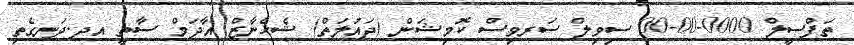
ތަފްސީލް 0000-00-00 ސިވިލް ސަރވިސް ކޮމިޝަން (ދައުލަތް) ޝެހެނާޒް އާދަމް ސާތީ އދ.ދަނގެތި